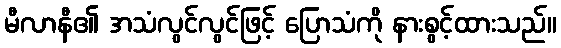
မီလာနီ၏ အသံလွင်လွင်ဖြင့် ပြောသံကို နားစွင့်ထားသည်။